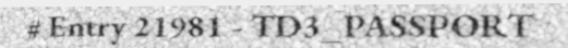
# Entry 21981 - TD3_PASSPORT